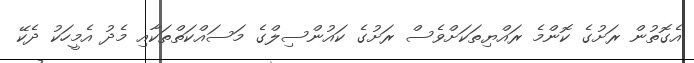
އެގޮތުން ރަށުގެ ކޮންމެ ރައްޔިތަކަށްވެސް ރަށުގެ ކައުންސިލްގެ މަސައްކަތްތަކާއި މެދު އެމީހަކު ދެކޭ